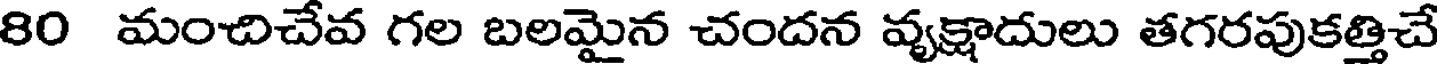
80 మంచిచేవ గల బలమైన చందన వ్యక్షాదులు తగరపుకత్తిచే